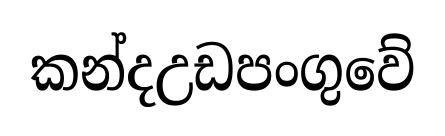
කන්දඋඩපංගුවේ